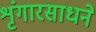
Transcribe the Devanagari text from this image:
शृंगारसाधने